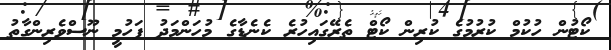
ކޯޓުން ހުކުމް ކުރުމުގެ ކުރިން ކޯޓް ތެރޭގައިހުރެ ކެނެޑާގެ މުހަންމަދު ފަހުމީ ނޫސްވެރިންގާތު